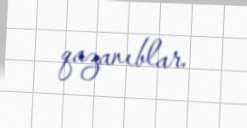
qazanıblar.